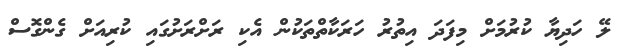
ލޭ ހަދިޔާ ކުރުމަށް މިފަދަ އިތުރު ހަރަކާތްތަކުން އެކި ރަށްރަށުގައި ކުރިއަށް ގެންގޮސް